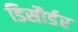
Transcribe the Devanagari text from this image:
डिसौर्डर